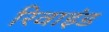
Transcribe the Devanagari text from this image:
रिवाइंड